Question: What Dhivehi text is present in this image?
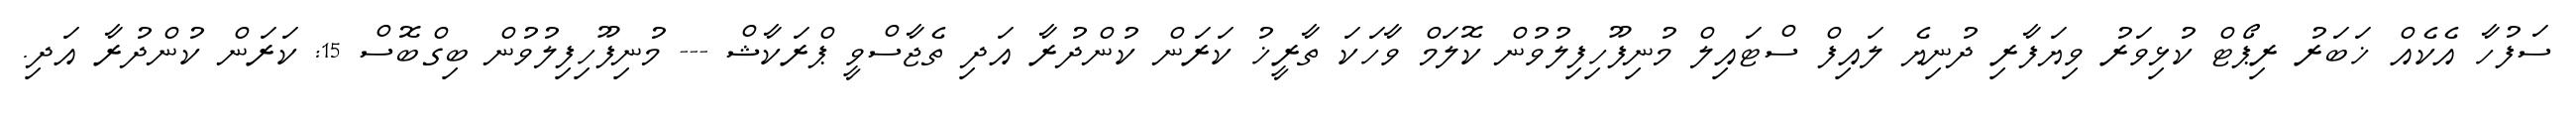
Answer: ސަފުހާ އެކެއް ޚަބަރު ރިޕޯޓް ކުޅިވަރު ވިޔަފާރި ދުނިޔެ ލައިފް ސްޓައިލް މުނިފޫހިފިލުވުން ކޮލަމް ވާހަކަ ތާރީޚު ކަރަން ކުންދުރާ އަދި ތެޖާސްވީ ޕްރަކާޝް --- މުނިފޫހިފިލުވުން ބިގްބޮސް 15: ކަރަން ކުންދުރާ އަދި.